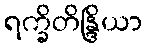
ရက္ခိတိန္ဒြိယာ